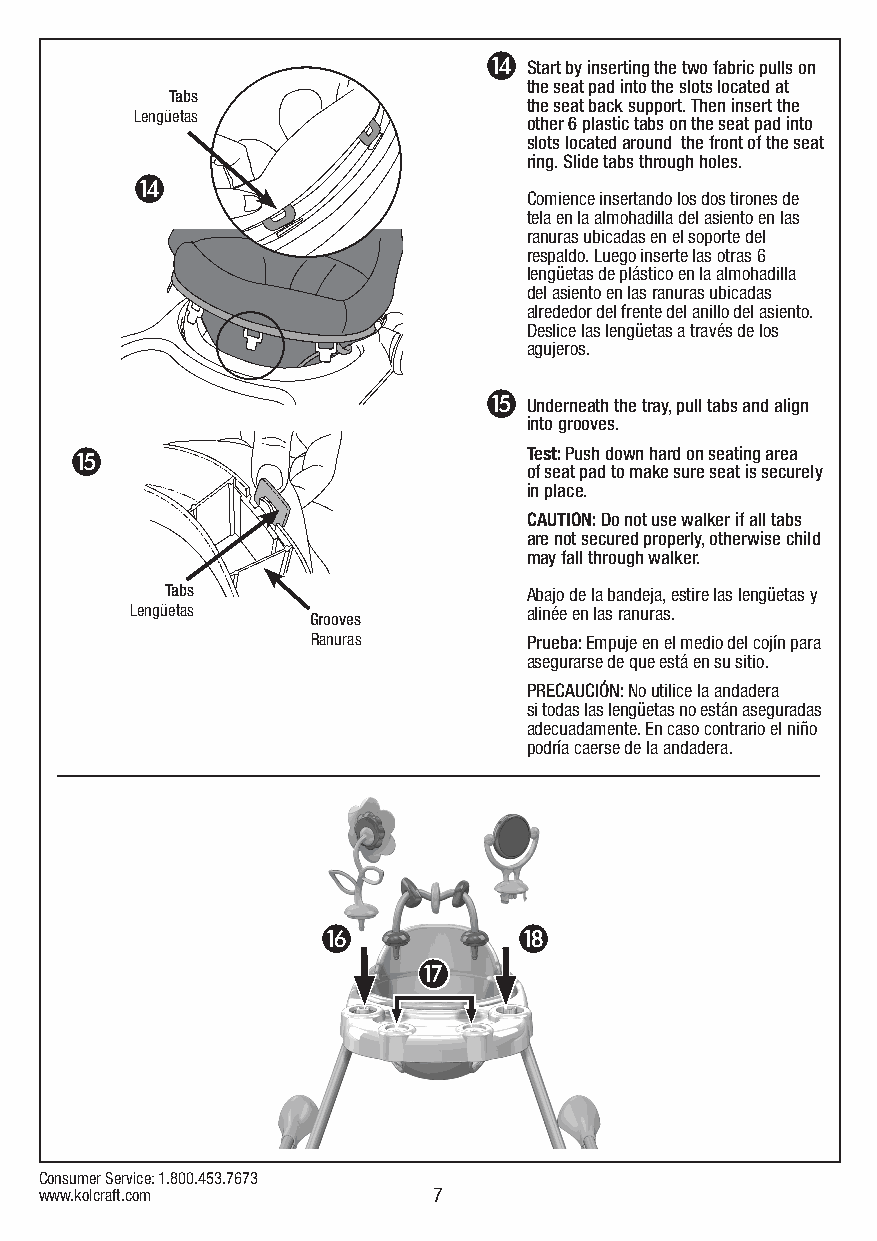
N
 Start by inserting the two fabric pulls on
 the seat pad into the slots located at
 Tabs
 the seat back support. Then insert the
 Lengüetas
 other 6 plastic tabs on the seat pad into
 slots located around the front of the seat
 ring. Slide tabs through holes.
 N
 Comience insertando los dos tirones de
 tela en la almohadilla del asiento en las
 ranuras ubicadas en el soporte del
 respaldo. Luego inserte las otras 6
 lengüetas de plástico en la almohadilla
 del asiento en las ranuras ubicadas
 alrededor del frente del anillo del asiento.
 Deslice las lengüetas a través de los
 agujeros.
 O
 Underneath the tray, pull tabs and align
 into grooves.
 O                             Test: Push down hard on seating area
 of seat pad to make sure seat is securely
 in place.
 CAUTION: Do not use walker if all tabs
 are not secured properly, otherwise child
 may fall through walker.
 Tabs                    Abajo de la bandeja, estire las lengüetas y
 Lengüetas                 alinée en las ranuras.
 Grooves
 Ranuras       Prueba: Empuje en el medio del cojín para
 asegurarse de que está en su sitio.
 PRECAUCIÓN: No utilice la andadera
 si todas las lengüetas no están aseguradas
 adecuadamente. En caso contrario el niño
 podría caerse de la andadera.
 P            R
 QQ
 Consumer Service: 1.800.453.7673
 www.kolcraft.com          7